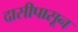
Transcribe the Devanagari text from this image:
दासीपासून